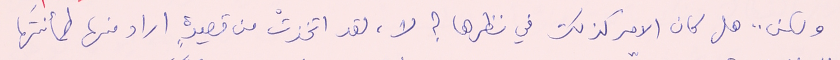
ولكن .. هل كان الامر كذلك في نظرها ؟ لا، لقد اتخذتْ من قصيدةٍ اراد منها طمأنتَها